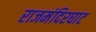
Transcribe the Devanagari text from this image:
राजमंदिरघाट